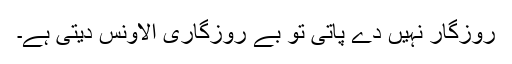
روزگار نہیں دے پاتی تو بے روزگاری الاؤنس دیتی ہے۔